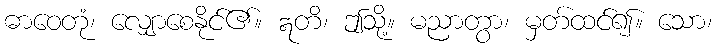
ဓာဝေတုံ၊ လျှောစေနိုင်၏။ ဣတိ၊ ဤသို့။ မညာတွာ၊ မှတ်ထင်၍။ သော၊